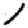
Digit: 1